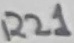
Text: R21